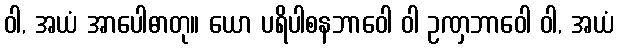
ဝါ, အယံ အာပေါဓာတု။ ယော ပရိပါစနဘာဝေါ ဝါ ဥဏှဘာဝေါ ဝါ, အယံ